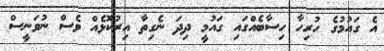
އެ ގައުމުގެ ހުރިހާ ހިސާބެއްގައި ގައުމީ ދިދަ ނެގިތާ އިރުކޮޅެއް ވެސް ނުވަނީސް